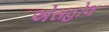
એસહોલ